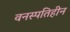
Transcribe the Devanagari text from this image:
वनस्‍पतिहीन